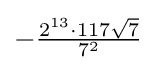
-{\tfrac {2^{13}\cdot 117{\sqrt {7}}}{7^{2}}}